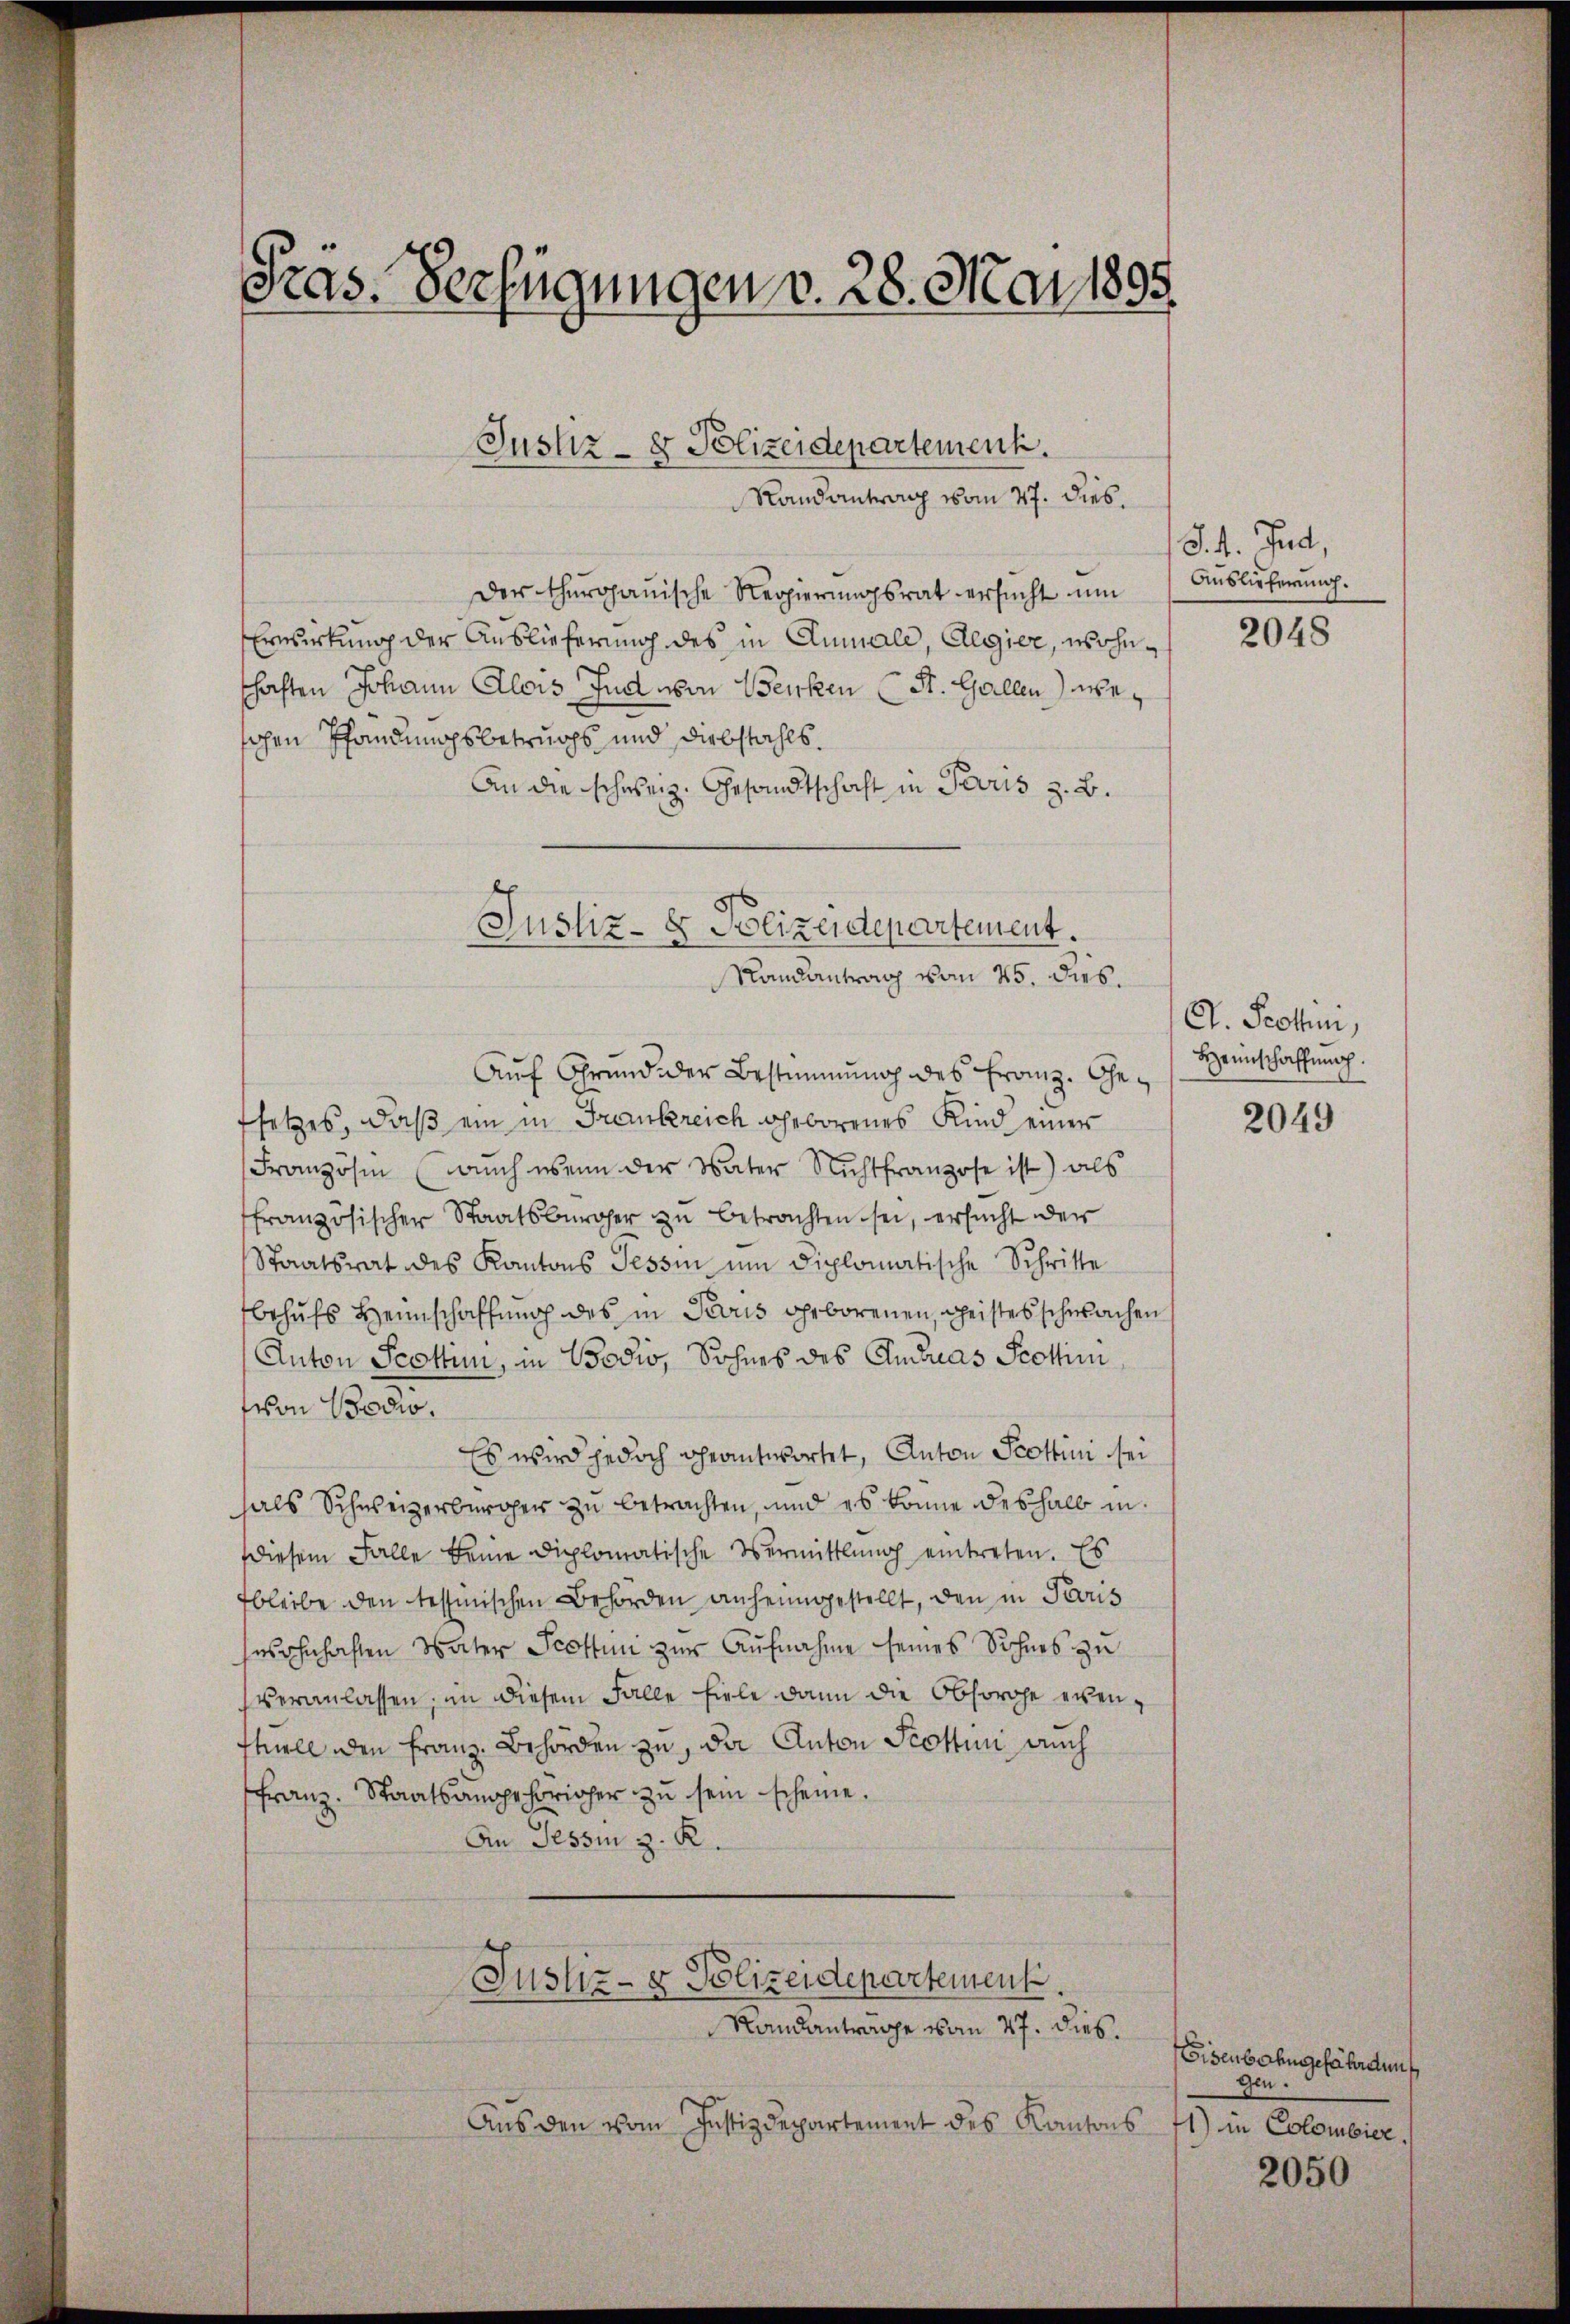
Pras. Verfügungen v. 28. Mai 1895

Justiz- & Polizeidepartement.
Randantrag vom 27. dies.

Der thurgauische Regierungsrat ersucht um
Erwirkung der Auslieferung des in Annale, Regier, wohnschaften Johann Alois Jud von Benken (St. Gallen) weschen Pfandungsbetruchs und Diebstahls¬
An die schweiz. Gesandtschaft in Paris z. B.

Justiz- & Polizeidepartement.
Randantrag vom 25. dies.

Auf Grund der Bestimmung des Franz. Gefsetzes, daß ein in Frankreich geborenes Kind einer
Französi (auch wenn der Vater Nichtfranzose ist) als
französischer Staatsbürger zŭ betrachten sei, ersucht der
Staatsrat des Kantons Tessin um diplomatische Schritte
behufs Heimschaffung des in Paris geborenen, Geistes schwachen
Anton Scottin, in Bodio, Sohnes des Andreas Scottin
fvon Bodwo.
Es wird jedoch geantwortet, Anton Scottini sei
hals Schweizerbürger zu betrachten, und es könne deshalb in
diesem Falle keine diplomatische Vermittlung eintreten. Es
fbleibe den tessinischen Behörden anheimgestellt, den in Peous
wohnhaften Vater Scottin zur Aufnahme seines Sohnes zu
veranlassen; in diesem Falle fiele dann die Obsorge evenftuell den Franz. Behörden zu, der Anton Scottini auch
Franz. Staatsangehöricher zŭ sein scheine.
An Tessin z. R.
Justiz- & Polizeidepartement

Randanträge vom 27. dies.

Aus den vom Justizdepartement des Kantons 71) in Colombier.

§. 4. Jud,
Auslieferung.

2048

A. Schini,
Heimschaffung.

2049

Eisenbahngefährdung
gen.

2050